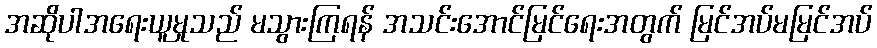
အဆိုပါအရေးယူမှုသည် မသွားကြရန် အသင်းအောင်မြင်ရေးအတွက် မြင်အပ်မမြင်အပ်